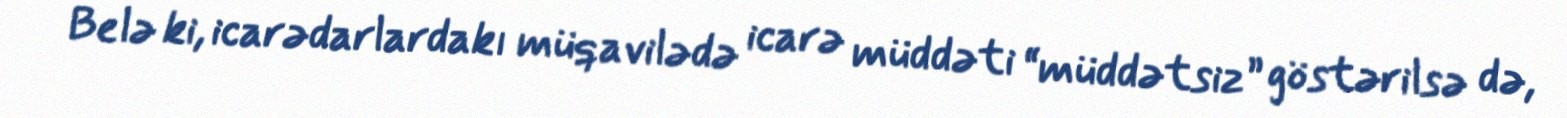
Belə ki, icarədarlardakı müqavilədə icarə müddəti “müddətsiz” göstərilsə də,